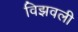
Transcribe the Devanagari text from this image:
विझवली